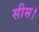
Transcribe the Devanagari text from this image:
सीस।